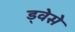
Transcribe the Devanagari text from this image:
ड्वेसे